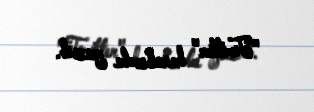
"Twitter" hesabında yazıb.